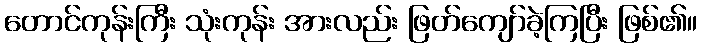
တောင်ကုန်းကြီး သုံးကုန်း အားလည်း ဖြတ်ကျော်ခဲ့ကြပြီး ဖြစ်၏။